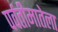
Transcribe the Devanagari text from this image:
पर्वतीमातेला